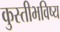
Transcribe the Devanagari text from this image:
कुस्तीभविष्य